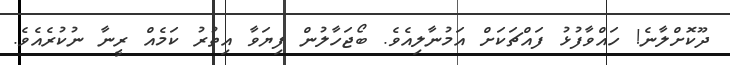
ދޫކޮށްލާނެ! ހައްވާފުޅު ފައްޗަކަށް އަމުނާލިއެވެ. ބޯޖަހާލުން ފިޔަވާ އިތުރު ކަމެއް ރީނާ ނުކުރެއެވެ.